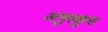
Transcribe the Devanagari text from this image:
अनुस्कुरा